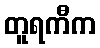
တူရကီက